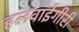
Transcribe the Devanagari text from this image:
हलवाईगीरी